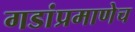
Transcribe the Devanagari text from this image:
गडांप्रमाणेच